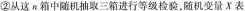
②从这n箱中随机抽取三箱进行等级检验，随机变量X表